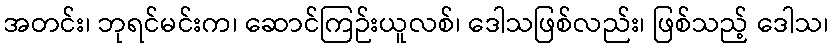
အတင်း၊ ဘုရင်မင်းက၊ ဆောင်ကြဉ်းယူလစ်၊ ဒေါသဖြစ်လည်း၊ ဖြစ်သည့် ဒေါသ၊